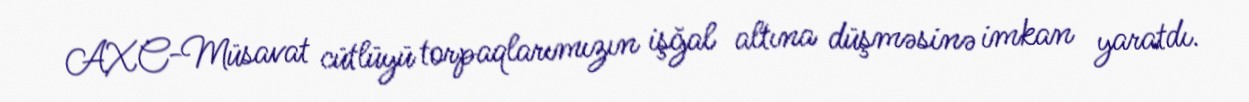
AXC-Müsavat cütlüyü torpaqlarımızın işğal altına düşməsinə imkan yaratdı.